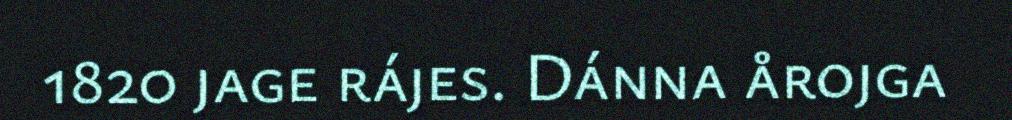
1820 jage rájes. Dánna årojga